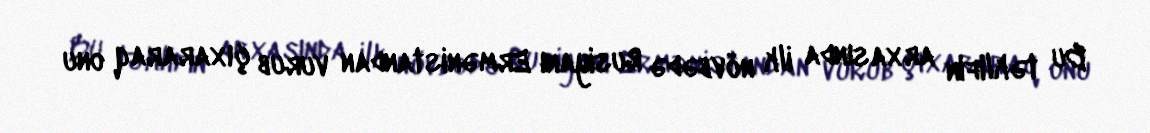
Bu təklifin arxasında ilk növbədə Rusiyanı Ermənistandan vurub çıxararaq onu